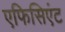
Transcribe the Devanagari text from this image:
एफिसिएंट